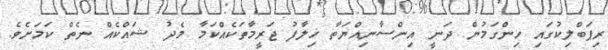
ރިޕަބްލިކުގައި ހިންގަމުން ދަނީ އިންސާނިއްޔަތާ ޚިލާފު ޖަރީމާތަކެއްކަމާ މެދު ޝައްކެއް ނެތް ކަމަށެވެ.